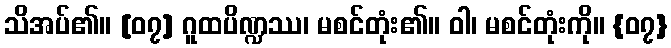
သိအပ်၏။ [၀၇] ဂူထပိဏ္ဍဿ၊ မစင်တုံး၏။ ဝါ၊ မစင်တုံးကို။ {၀၇}